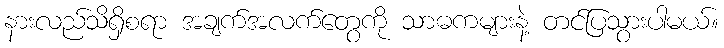
နားလည်သိရှိစရာ အချက်အလက်တွေကို သာဓကများနဲ့ တင်ပြသွားပါမယ်။